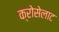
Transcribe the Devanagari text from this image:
क्रोसेलाट